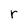
Character: r